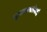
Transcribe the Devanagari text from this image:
सुलतानाऐवजी